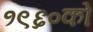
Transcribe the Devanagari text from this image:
१९६०को